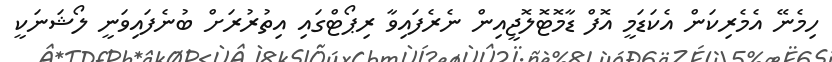
ހިމެނޭ އެމެރިކަން އެކަޑަމީ އޮފް ޑާމޮޓޮލޮޖީއިން ނެރެފައިވާ ރިޕޯޓްގައި އިތުރުރަށް ބުނެފައިވަނީ ލޯޝަނަކީ